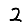
Digit: 2